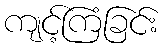
ကျင့်ကြံခြင်း